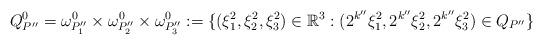
LaTeX: \begin{align*} Q^{0}_{P''}=\omega^{0}_{P''_{1}}\times\omega^{0}_{P''_{2}}\times\omega^{0}_{P''_{3}} :=\{(\xi^{2}_{1},\xi^{2}_{2},\xi^{2}_{3})\in\mathbb{R}^{3}: (2^{k''}\xi^{2}_{1},2^{k''}\xi^{2}_{2},2^{k''}\xi^{2}_{3})\in Q_{P''}\}\end{align*}